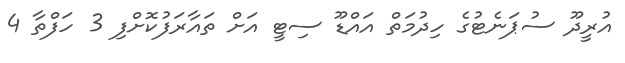
އުރީދޫ ސުޕަނެޓުގެ ހިދުމަތް އައްޑޫ ސިޓީ އަށް ތައާރަފުކޮށްފި 3 ހަފްތާ 4